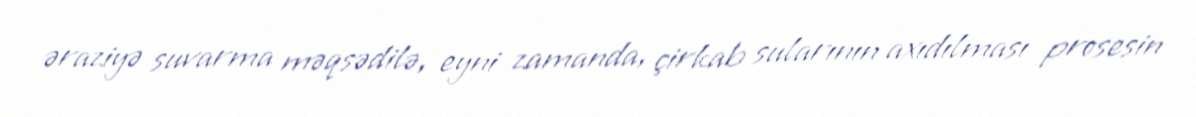
əraziyə suvarma məqsədilə, eyni zamanda, çirkab sularının axıdılması prosesin